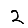
Digit: 2